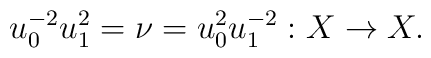
u_0^{-2} u_1^2 = \nu = u_0^2 u_1^{-2} : X\to X .